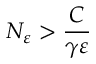
N _ { \varepsilon } > \frac { C } { \gamma \varepsilon }